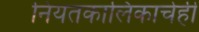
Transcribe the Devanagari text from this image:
नियतकालिकाचेही